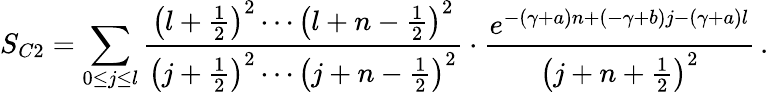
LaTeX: S_{C2}=\sum_{0\le j\le l}\frac{\left(l+\frac{1}{2}\right)^{2}\cdots\left(l+n-\frac{1}{2}\right)^{2}}{\left(j+\frac{1}{2}\right)^{2}\cdots\left(j+n-\frac{1}{2}\right)^{2}}\cdot\frac{e^{-(\gamma+a)n+(-\gamma+b)j-(\gamma+a)l}}{\left(j+n+\frac{1}{2}\right)^{2}}\, .